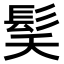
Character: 𮪽